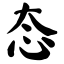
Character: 态